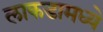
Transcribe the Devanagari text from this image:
लाकडामध्ये